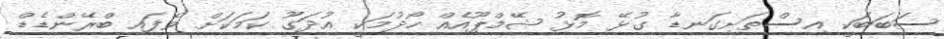
ސަބަބަކީ އިސްތަށިގަނޑާ ގުޅޭ މޮޅު ޝޭމްޕޫއެއް ހޯދުމަކީ އުދަގޫ ކަމަކަށް ވެފައި ބްރޭންޑެޑް